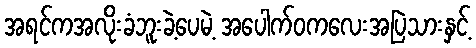
အရင်ကအလိုးခံဘူးခဲ့ပေမဲ့ အပေါက်ဝကလေးအပြဲသားနှင့်